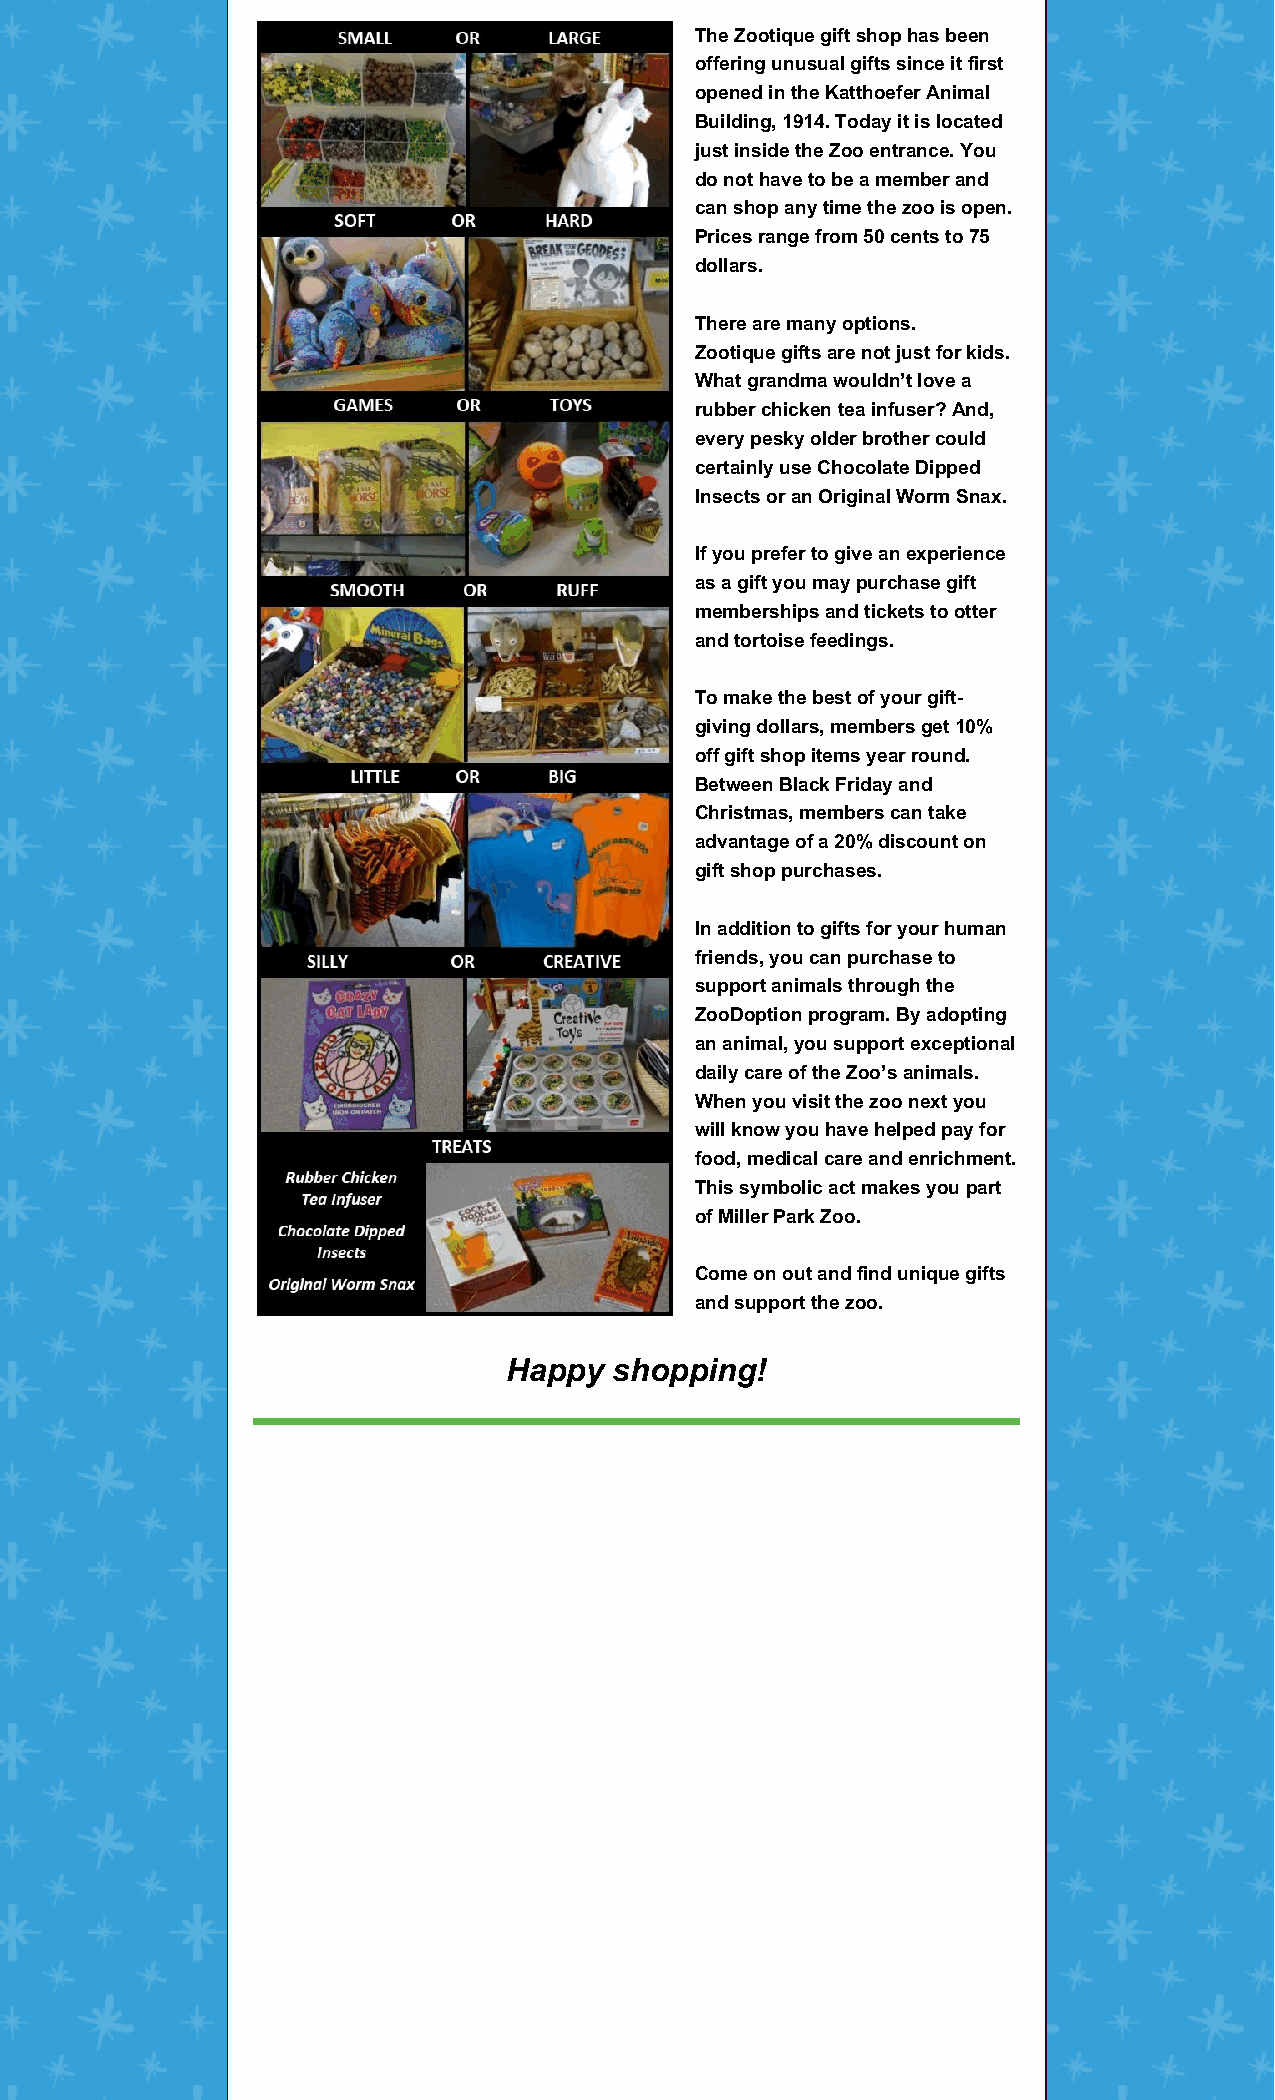
The Zootique gift shop has been
 offering unusual gifts since it first
 opened in the Katthoefer Animal
 Building, 1914. Today it is located
 just inside the Zoo entrance. You
 do not have to be a member and
 can shop any time the zoo is open.
 Prices range from 50 cents to 75
 dollars.
 There are many options.
 Zootique gifts are not just for kids.
 What grandma wouldn’t love a
 rubber chicken tea infuser? And,
 every pesky older brother could
 certainly use Chocolate Dipped
 Insects or an Original Worm Snax.
 If you prefer to give an experience
 as a gift you may purchase gift
 memberships and tickets to otter
 and tortoise feedings.
 To make the best of your gift-
 giving dollars, members get 10%
 off gift shop items year round.
 Between Black Friday and
 Christmas, members can take
 advantage of a 20% discount on
 gift shop purchases.
 In addition to gifts for your human
 friends, you can purchase to
 support animals through the
 ZooDoption program. By adopting
 an animal, you support exceptional
 daily care of the Zoo’s animals.
 When you visit the zoo next you
 will know you have helped pay for
 food, medical care and enrichment.
 This symbolic act makes you part
 of Miller Park Zoo.
 Come on out and find unique gifts
 and support the zoo.
 Happy   shopping!